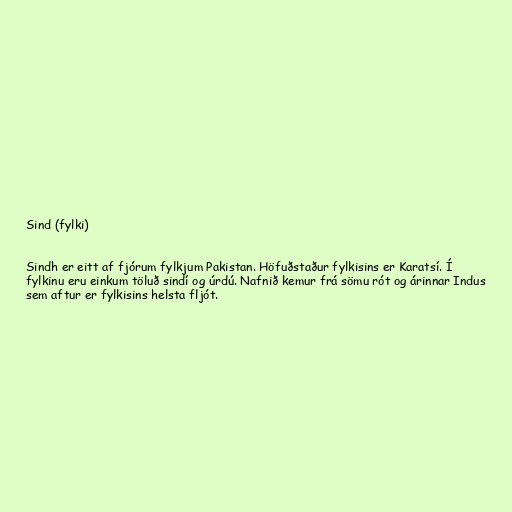
Sind (fylki)

Sindh er eitt af fjórum fylkjum Pakistan. Höfuðstaður fylkisins er Karatsí. Í
fylkinu eru einkum töluð sindí og úrdú. Nafnið kemur frá sömu rót og árinnar Indus
sem aftur er fylkisins helsta fljót.